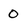
Character: 0